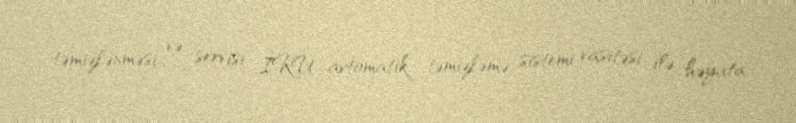
təmizlənməsi və servisi İKU avtomatik təmizləmə sistemi vasitəsi ilə həyata